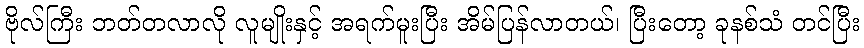
ဗိုလ်ကြီး ဘတ်တလာလို လူမျိုးနှင့် အရက်မူးပြီး အိမ်ပြန်လာတယ်၊ ပြီးတော့ ခုနစ်သံ တင်ပြီး